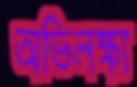
অভিলক্ষ্য